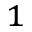
^ { 1 }